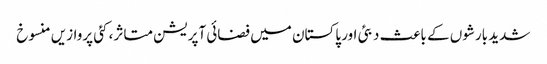
شدید بارشوں کے باعث دبئی اور پاکستان میں فضائی آپریشن متاثر، کئی پروازیں منسوخ